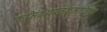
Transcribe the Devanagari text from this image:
क्रमिकपुस्तकमालिका